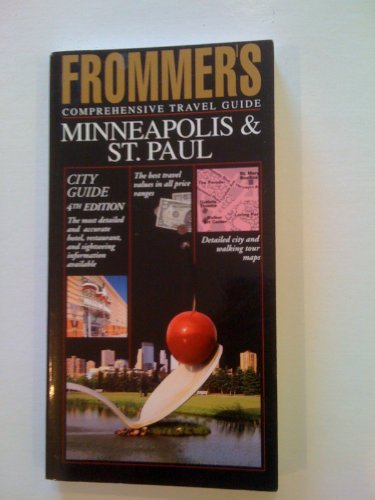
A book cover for Frommer's Comprehensive Travel Guide Minneapolis and St. Paul (Frommer's Minneapolis/St Paul); Ted Dobson; Travel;